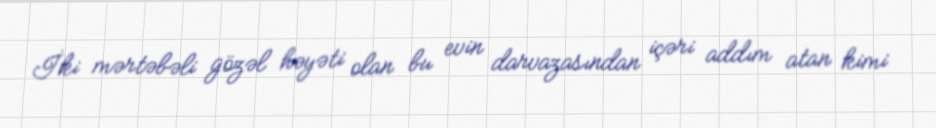
İki mərtəbəli gözəl həyəti olan bu evin darvazasından içəri addım atan kimi